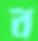
ব